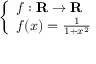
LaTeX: \left\{ \begin{array} { l l } { f : \mathbf { R } \to \mathbf { R } } \\ { f ( x ) = { \frac { 1 } { 1 + x ^ { 2 } } } } \end{array} \right.